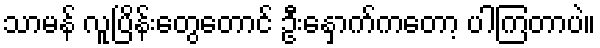
သာမန် လူပြိန်းတွေတောင် ဦးနှောက်ကတော့ ပါကြတာပဲ။